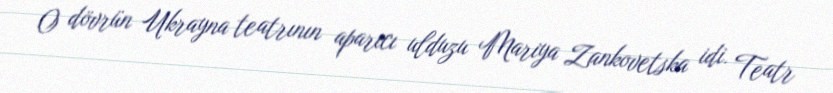
O dövrün Ukrayna teatrının aparıcı ulduzu Mariya Zankovetska idi. Teatr